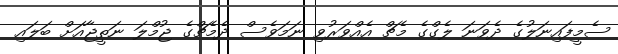
ސެމީފައިނަލުގެ ދެވަނަ ލެގްގެ މެޗް އެއްވަރުވި ނަމަވެސް ދެމެޗްގެ ޖުމްލަ ނަތީޖާއަށް ބަލައި